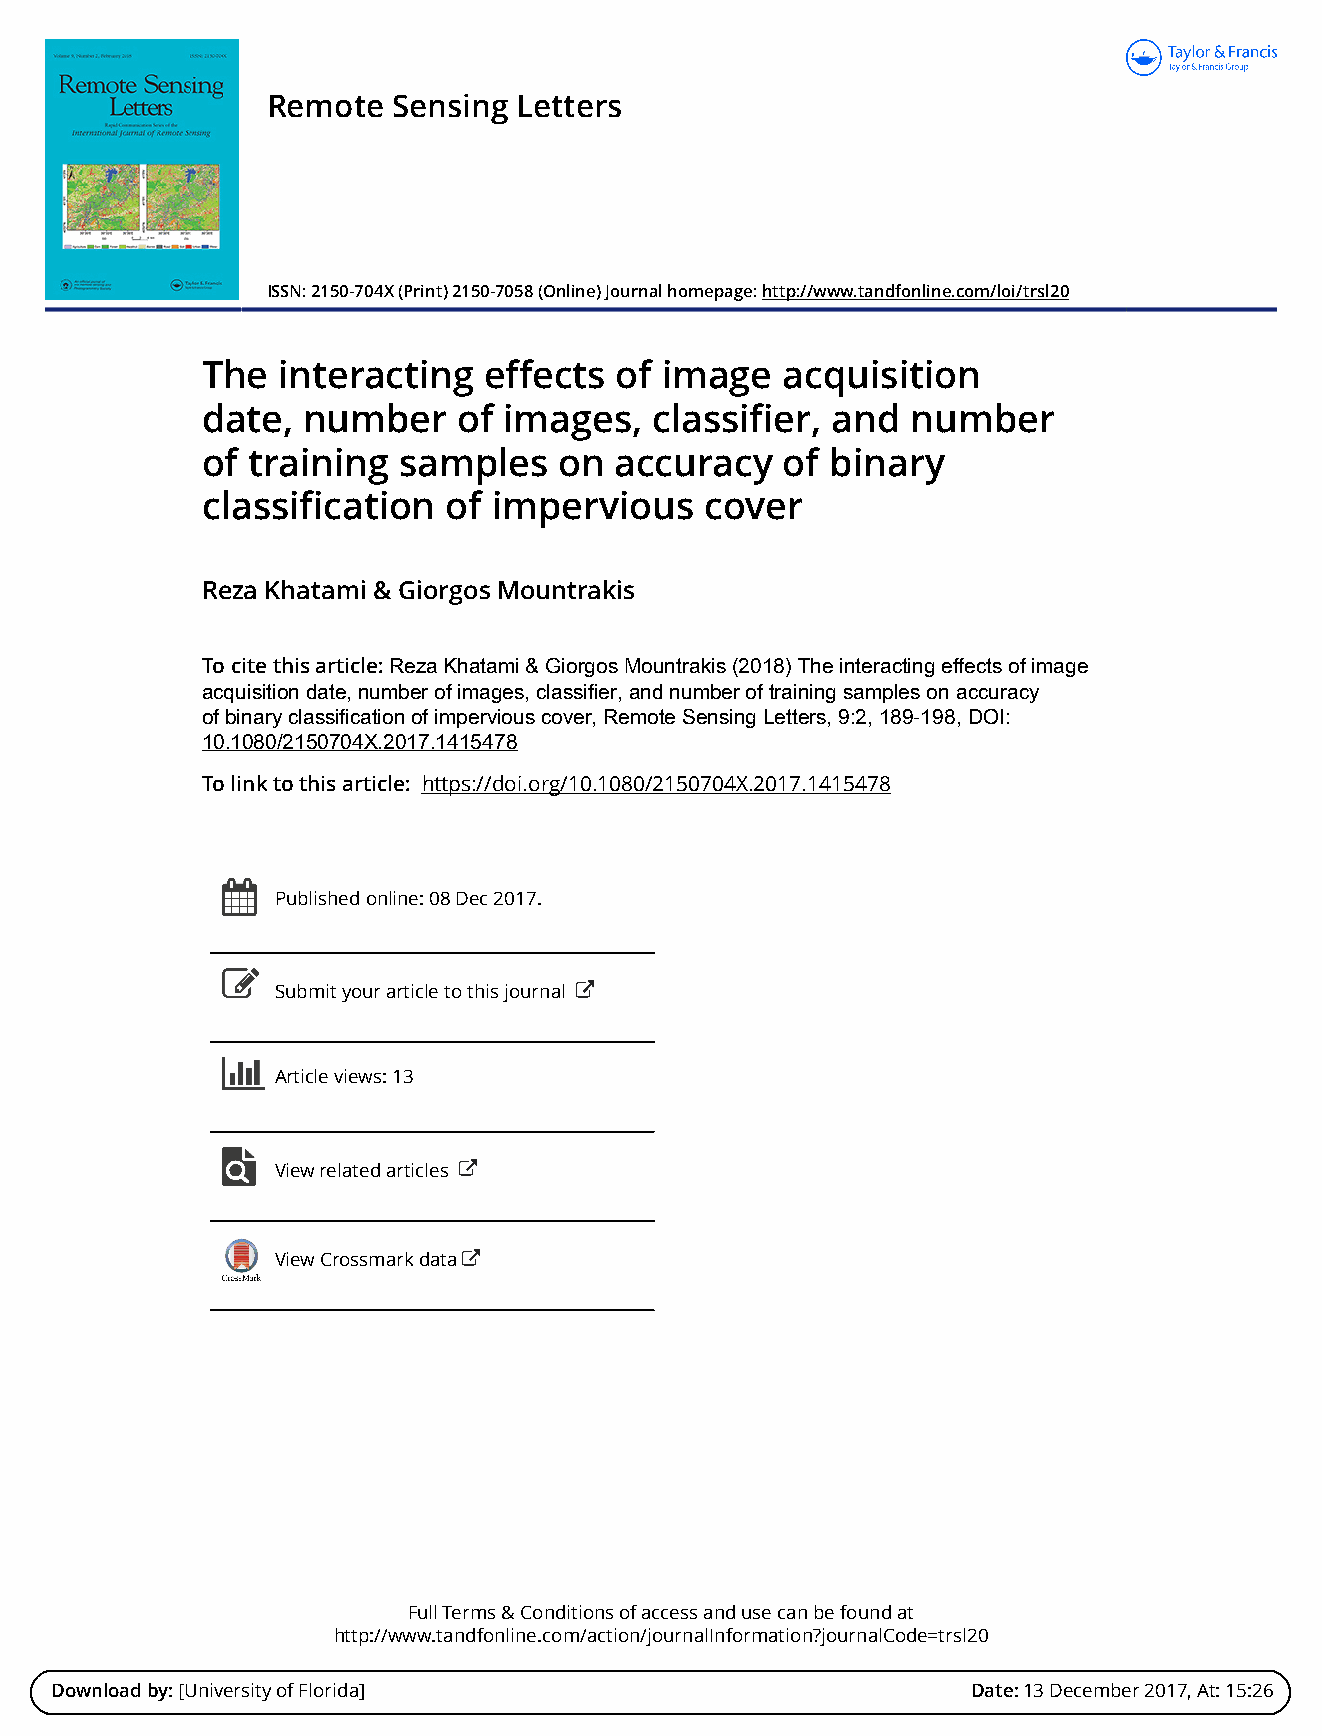
Remote  Sensing Letters
 ISSN: 2150-704X (Print) 2150-7058 (Online) Journal homepage: http://www.tandfonline.com/loi/trsl20
 The  interacting   effects  of image   acquisition
 date,  number    of images,   classifier, and  number
 of training  samples    on  accuracy   of binary
 classification   of impervious    cover
 Reza Khatami & Giorgos Mountrakis
 To cite this article: Reza Khatami & Giorgos Mountrakis (2018) The interacting effects of image
 acquisition date, number of images, classifier, and number of training samples on accuracy
 of binary classification of impervious cover, Remote Sensing Letters, 9:2, 189-198, DOI:
 10.1080/2150704X.2017.1415478
 To link to this article: https://doi.org/10.1080/2150704X.2017.1415478
 Published online: 08 Dec 2017.
 Submit your article to this journal
 Article views: 13
 View related articles
 View Crossmark data
 Full Terms & Conditions of access and use can be found at
 http://www.tandfonline.com/action/journalInformation?journalCode=trsl20
 Download by: [University of Florida]                         Date: 13 December 2017, At: 15:26